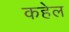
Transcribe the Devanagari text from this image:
कहेल